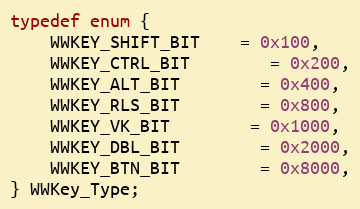
Language: C
typedef enum {
	WWKEY_SHIFT_BIT	= 0x100,
	WWKEY_CTRL_BIT		= 0x200,
	WWKEY_ALT_BIT		= 0x400,
	WWKEY_RLS_BIT		= 0x800,
	WWKEY_VK_BIT		= 0x1000,
	WWKEY_DBL_BIT		= 0x2000,
	WWKEY_BTN_BIT		= 0x8000,
} WWKey_Type;